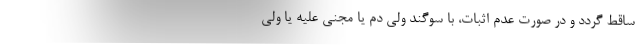
ساقط گردد و در صورت عدم اثبات، با سوگند ولی دم یا مجنی علیه یا ولی